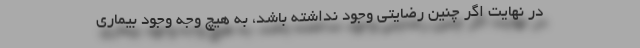
در نهایت اگر چنین رضایتی وجود نداشته باشد، به هیچ وجه وجود بیماری